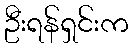
ဦးရန်ရှင်းက